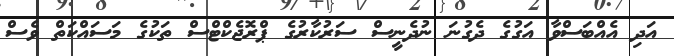
އަދި އެއްބަސްވާ އަގުގެ ދެގުނަ ނުދެނީސް ސަރުކާރުގެ ޕްރޮޖެކްޓްސް ތަކުގެ މަސައްކަތް ވެސް